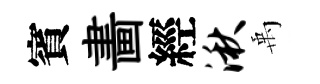
賓畵經湫禹